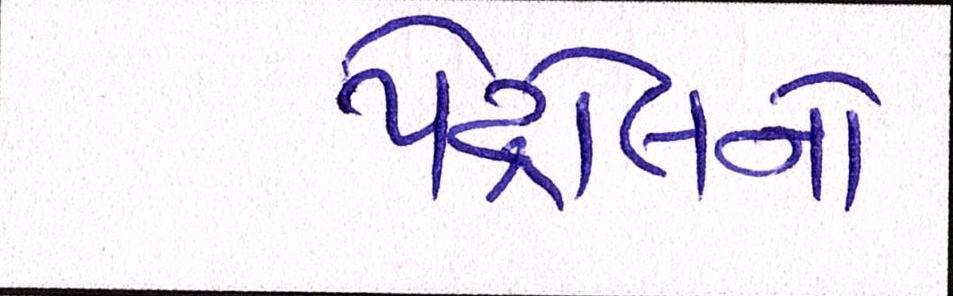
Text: પેટ્રોલનો